Report of the Indian Hemp Drugs Commission, 1894-1895 - Volume I
Year: 1894
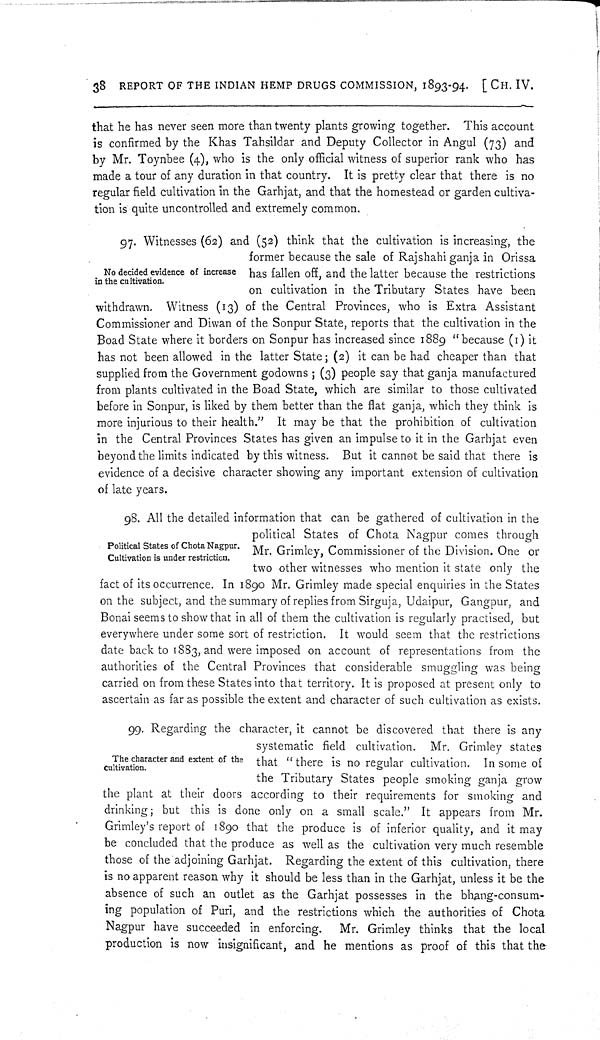
38 REPORT OF THE INDIAN HEMP DRUGS COMMISSION, 1893-94. [CH. IV.
that he has never seen more than twenty plants growing together. This account
is confirmed by the Khas Tahsildar and Deputy Collector in Angul (73) and
by Mr. Toynbee (4), who is the only official witness of superior rank who has
made a tour of any duration in that country. It is pretty clear that there is no
regular field cultivation in the Garhjat, and that the homestead or garden cultiva-
tion is quite uncontrolled and extremely common.
No decided evidence of increase
in the cultivation.
97. Witnesses (62) and (52) think that the cultivation is increasing, the
former because the sale of Rajshahi ganja in Orissa
has fallen off, and the latter because the restrictions
on cultivation in the Tributary States have been
withdrawn. Witness (13) of the Central Provinces, who is Extra Assistant
Commissioner and Diwan of the Sonpur State, reports that the cultivation in the
Boad State where it borders on Sonpur has increased since 1889 "because (1) it
has not been allowed in the latter State; (2) it can be had cheaper than that
supplied from the Government godowns; (3) people say that ganja manufactured
from plants cultivated in the Boad State, which are similar to those cultivated
before in Sonpur, is liked by them better than the flat ganja, which they think is
more injurious to their health." It may be that the prohibition of cultivation
in the Central Provinces States has given an impulse to it in the Garhjat even
beyond the limits indicated by this witness. But it cannot be said that there is
evidence of a decisive character showing any important extension of cultivation
of late years.
Political States of Chota Nagpur.
Cultivation is under restriction.
98. All the detailed information that can be gathered of cultivation in the
political States of Chota Nagpur comes through
Mr. Grimley, Commissioner of the Division. One or
two other witnesses who mention it state only the
fact of its occurrence. In 1890 Mr. Grimley made special enquiries in the States
on the subject, and the summary of replies from Sirguja, Udaipur, Gangpur, and
Bonai seems to show that in all of them the cultivation is regularly practised, but
everywhere under some sort of restriction. It would seem that the restrictions
date back to 1883, and were imposed on account of representations from the
authorities of the Central Provinces that considerable smuggling was being
carried on from these States into that territory. It is proposed at present only to
ascertain as far as possible the extent and character of such cultivation as exists.
The character and extent of the
cultivation.
99. Regarding the character, it cannot be discovered that there is any
systematic field cultivation. Mr. Grimley states
that "there is no regular cultivation. In some of
the Tributary States people smoking ganja grow
the plant at their doors according to their requirements for smoking and
drinking; but this is done only on a small scale." It appears from Mr.
Grimley's report of 1890 that the produce is of inferior quality, and it may
be concluded that the produce as well as the cultivation very much resemble
those of the adjoining Garhjat. Regarding the extent of this cultivation, there
is no apparent reason why it should be less than in the Garhjat, unless it be the
absence of such an outlet as the Garhjat possesses in the bhang-consum-
ing population of Puri, and the restrictions which the authorities of Chota
Nagpur have succeeded in enforcing.
Mr. Grimley thinks that the local
production is now insignificant, and he mentions as proof of this that the